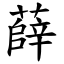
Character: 薛